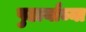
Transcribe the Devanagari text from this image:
पुढार्यांच्या